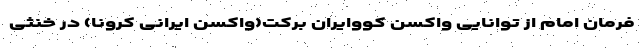
فرمان امام از توانایی واکسن کووایران برکت(واکسن ایرانی کرونا) در خنثی